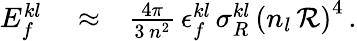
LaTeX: \begin{array}{rlr}{E_{f}^{kl}}&{{}\approx}&{\frac{4\pi}{3\, n^{2}}\, \epsilon_{f}^{kl}\, \sigma_{R}^{kl}\, \left(n_{l}\, {\cal R}\right)^{4}\, .}\end{array}